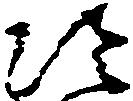
冷